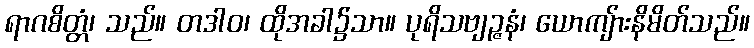
ရာဂစိတ္တံ၊ သည်။ တဒါဝ၊ ထိုအခါ၌သာ။ ပုရိသဗျဉ္ဇနံ၊ ယောကျ်ားနိမိတ်သည်။